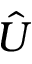
\hat { U }